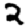
Digit: 2